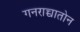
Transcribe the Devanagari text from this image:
गनराच्चातोन